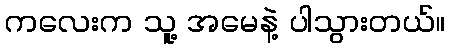
ကလေးက သူ့ အမေနဲ့ ပါသွားတယ်။